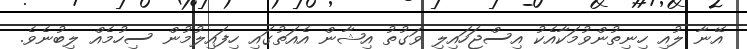
އޭނާ ލުއި ހިނިތުންވުމަކާއެކު އިސްޖަހައިލި ވަގުތު އިޝާން އެއަތުގައި ހިފައިލުމުން ސިހުމެއް ލިބުނެވެ.